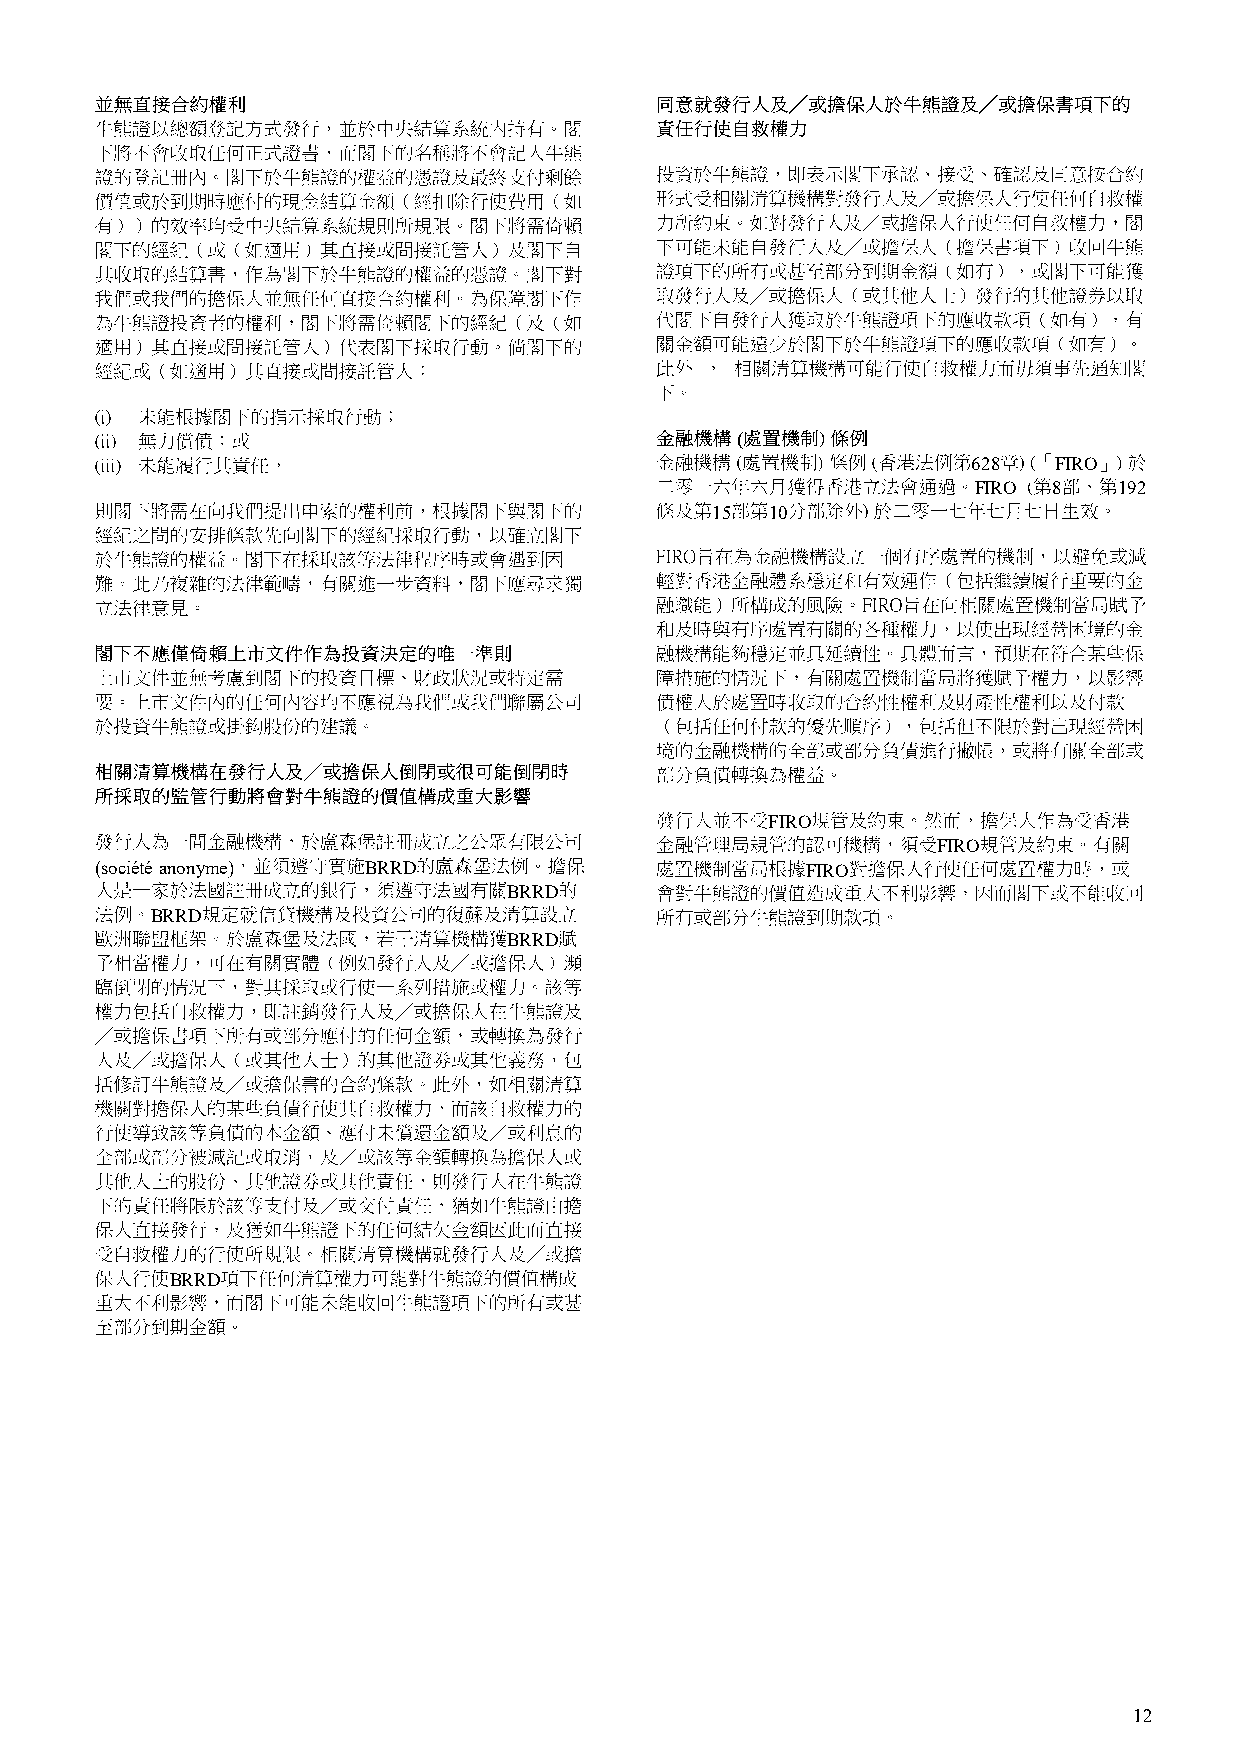
(
 628   FIRO
 FIRO 8   192
 15  10
 FIRO
 FIRO
 (société anonyme) BRRD                         FIRO
 BRRD
 BRRD
 BRRD
 BRRD
 12